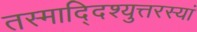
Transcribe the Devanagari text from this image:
तस्माद्दिश्युत्तरस्यां